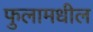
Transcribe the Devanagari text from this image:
फुलामधील